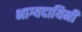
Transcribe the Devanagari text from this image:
भाग्यदायिनी